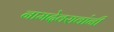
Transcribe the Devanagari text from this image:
नामदेवरावांनी